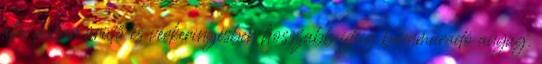
által lassan ürülő és vérkeringésben hosszabb ideig bennmaradó anyag.